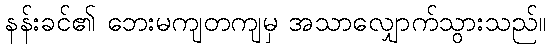
နန်းခင်၏ ဘေးမကျတကျမှ အသာလျှောက်သွားသည်။